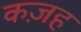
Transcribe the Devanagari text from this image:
कज़ह